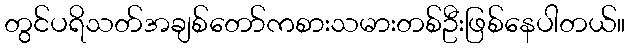
တွင်ပရိသတ်အချစ်တော်ကစားသမားတစ်ဦးဖြစ်နေပါတယ်။